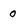
Character: 0